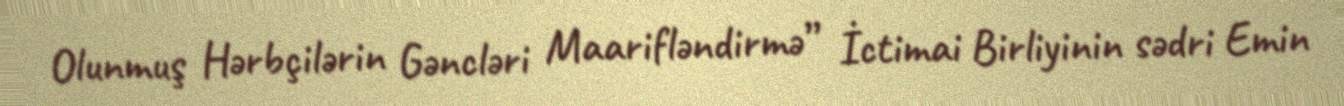
Olunmuş Hərbçilərin Gəncləri Maarifləndirmə” İctimai Birliyinin sədri Emin